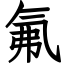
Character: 氟